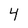
Character: 4